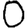
Digit: 0